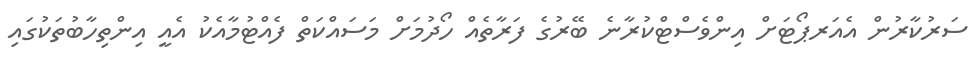
ސަރުކާރުން އެއަރޕޯޓަށް އިންވެސްޓްކުރާނެ ބޭރުގެ ފަރާތެއް ހޯދުމަށް މަސައްކަތް ފެއްޓުމާއެކު އެއީ އިންތިހާބުތަކުގައި